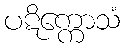
ပဋိက္ကောသံ